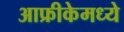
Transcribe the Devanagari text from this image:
आफ्रीकेमध्ये